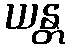
ယန္တ